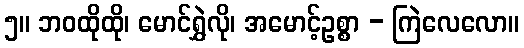
၅။ ဘဝထိုထို၊ မောင်ရွှဲလို၊ အမောင့်ဥစ္စာ - ကြဲလေလော။